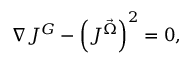
\nabla J ^ { G } - \left( J ^ { \vec { \Omega } } \right) ^ { 2 } = 0 ,